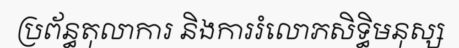
ប្រព័ន្ធតុលាការ និងការរំលោភសិទ្ធិមនុស្ស